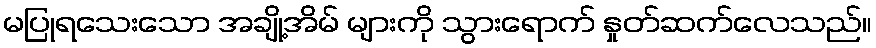
မပြုရသေးသော အချို့အိမ် များကို သွားရောက် နှုတ်ဆက်လေသည်။